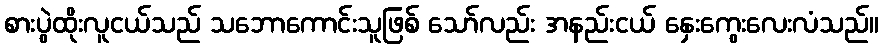
စားပွဲထိုးလူငယ်သည် သဘောကောင်းသူဖြစ် သော်လည်း အနည်းငယ် နှေးကွေးလေးလံသည်။